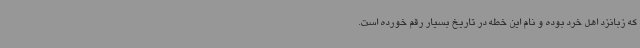
که زبانزد اهل خرد بوده و نام این خطه در تاریخ بسیار رقم خورده است.